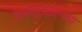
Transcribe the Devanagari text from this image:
विषाणूसंसर्गाचा